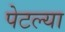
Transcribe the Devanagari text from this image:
पेटल्या